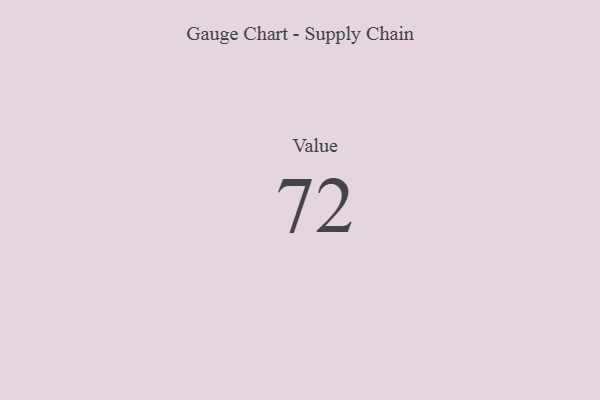
{"axis": {"x": "Metric", "y": "Value"}, "legend": [""], "data": [{"x": "Value", "y": 72, "type": ""}]}